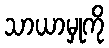
သာယာမှုကို